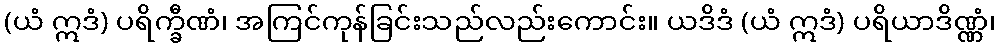
(ယံ ဣဒံ) ပရိက္ခီဏံ၊ အကြင်ကုန်ခြင်းသည်လည်းကောင်း။ ယဒိဒံ (ယံ ဣဒံ) ပရိယာဒိဏ္ဏံ၊